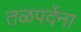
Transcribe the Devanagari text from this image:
तळपदेंना